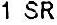
1 SR